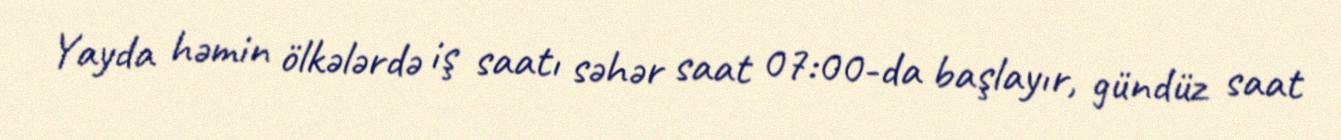
Yayda həmin ölkələrdə iş saatı səhər saat 07:00-da başlayır, gündüz saat